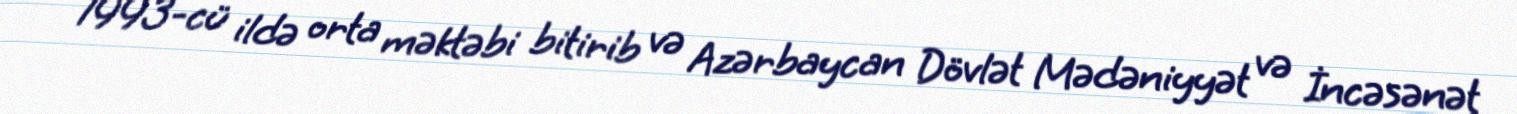
1993-cü ildə orta məktəbi bitirib və Azərbaycan Dövlət Mədəniyyət və İncəsənət